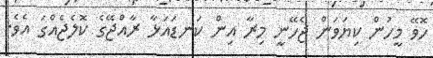
ހޮވޭ މީހުން ކިޔަވަން ޖެހޭނީ މިރާ އިން ކަނޑައަޅާ ރާއްޖޭގެ ކޮލެޖެއްގަ އެވެ.